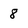
Character: 8